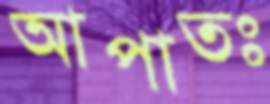
আপাতঃ